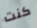
كنت